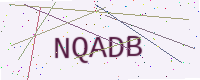
Text: NQADB